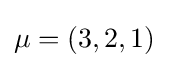
\mu =(3,2,1)